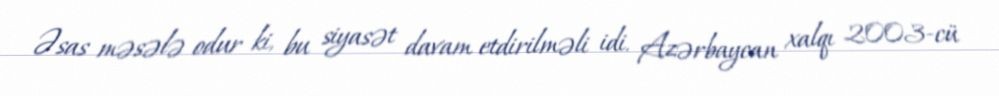
Əsas məsələ odur ki, bu siyasət davam etdirilməli idi. Azərbaycan xalqı 2003-cü